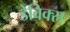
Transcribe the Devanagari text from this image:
डेविक्स